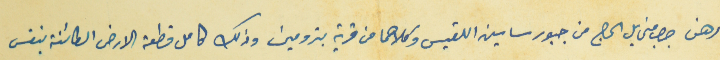
رهن جرجس مخايل الحاج من جبور ساسين اللقيس وكلاهما من قرية بترومين وذلك كامل قطعة الارض الكائنة بنفس